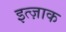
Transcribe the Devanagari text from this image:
इत्ज़ाक